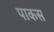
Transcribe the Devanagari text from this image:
पाकस